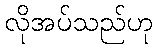
လိုအပ်သည်ဟု